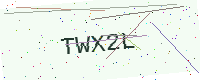
Text: TWX2L